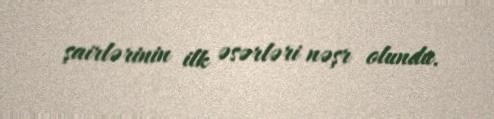
şairlərinin ilk əsərləri nəşr olundu.